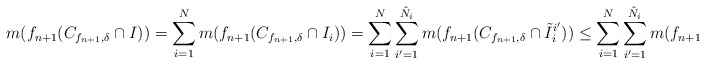
\begin{align*}m(f_{n+1}(C_{f_{n+1}, \delta} \cap I)) = \sum_{i=1}^N m(f_{n+1}(C_{f_{n+1}, \delta} \cap I_i))= \sum_{i=1}^N \sum_{i' = 1}^{\tilde N_i} m(f_{n+1}(C_{f_{n+1}, \delta} \cap \tilde I_i^{i'}))\leq \sum_{i=1}^N \sum_{i' = 1}^{\tilde N_i} m(f_{n+1}(\tilde I_i^{i'}))\end{align*}